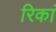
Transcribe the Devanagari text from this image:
रिकां